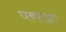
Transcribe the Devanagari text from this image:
घबराइए